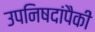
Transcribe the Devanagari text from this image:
उपनिषदांपैकीं